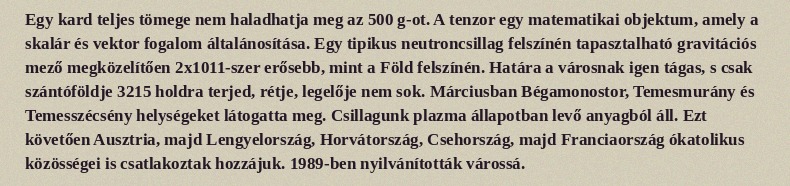
Egy kard teljes tömege nem haladhatja meg az 500 g-ot. A tenzor egy matematikai objektum, amely a skalár és vektor fogalom általánosítása. Egy tipikus neutroncsillag felszínén tapasztalható gravitációs mező megközelítően 2x1011-szer erősebb, mint a Föld felszínén. Határa a városnak igen tágas, s csak szántóföldje 3215 holdra terjed, rétje, legelője nem sok. Márciusban Bégamonostor, Temesmurány és Temesszécsény helységeket látogatta meg. Csillagunk plazma állapotban levő anyagból áll. Ezt követően Ausztria, majd Lengyelország, Horvátország, Csehország, majd Franciaország ókatolikus közösségei is csatlakoztak hozzájuk. 1989-ben nyilvánították várossá.